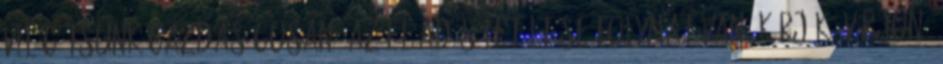
világítsunk gazdaságosan? Az előadás letöltése folymat van. Kérjük, várjon.